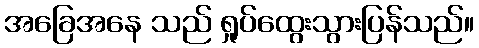
အခြေအနေ သည် ရှုပ်ထွေးသွားပြန်သည်။